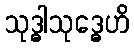
သုဒ္ဓါသုဒ္ဓေဟိ